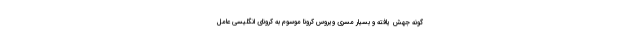
گونه جهش یافته و بسیار مسری ویروس کرونا موسوم به کرونای انگلیسی عامل